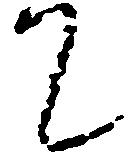
て